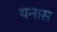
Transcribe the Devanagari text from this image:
यनास